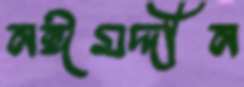
নঈমদ্দীন